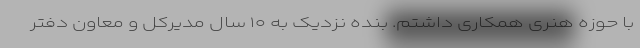
با حوزه هنری همکاری داشتم. بنده نزدیک به ۱۰ سال مدیرکل و معاون دفتر